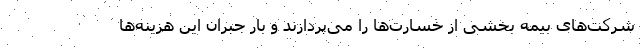
شرکت‌های بیمه بخشی از خسارت‌ها را می‌پردازند و بار جبران این هزینه‌ها